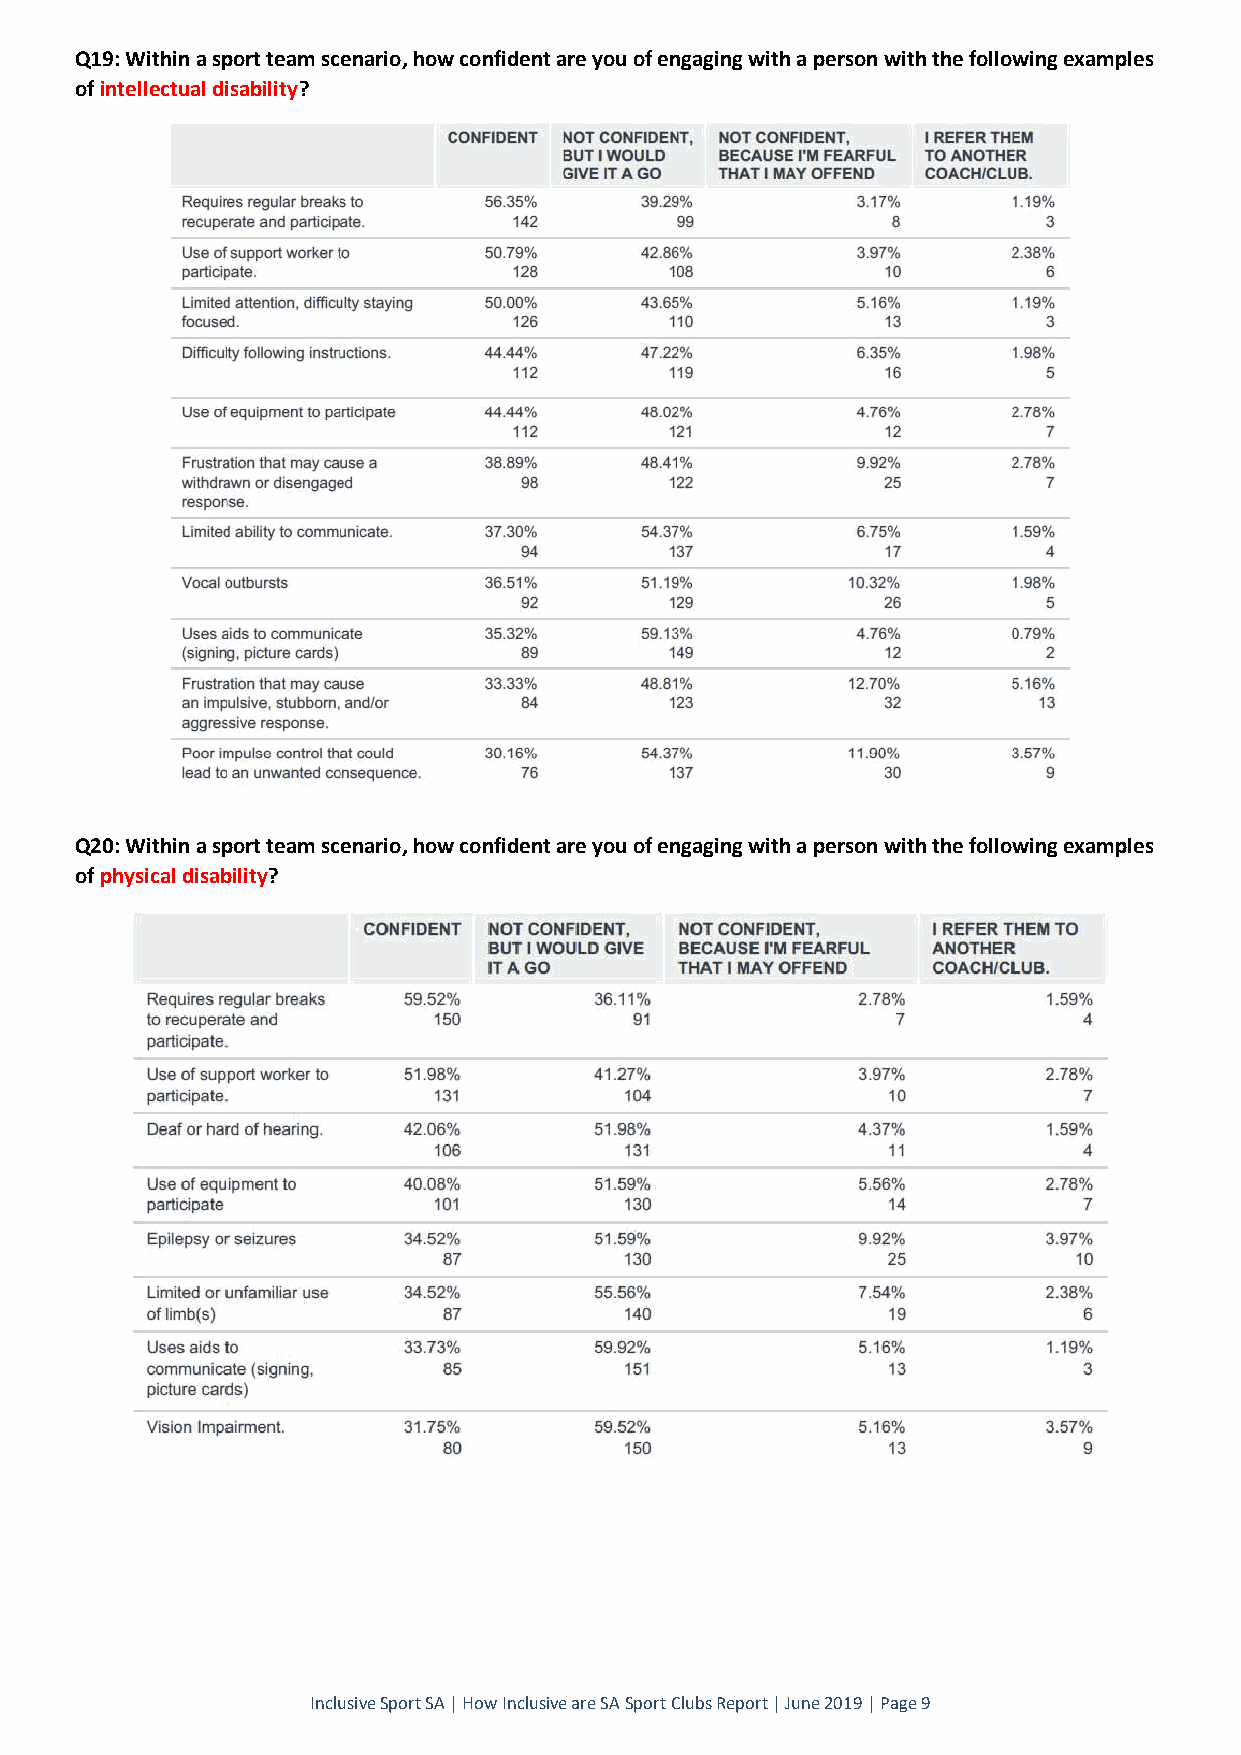
Q19: Within a sport team scenario, how confident are you of engaging with a person with the following examples
 of intellectual disability?
 Q20: Within a sport team scenario, how confident are you of engaging with a person with the following examples
 of physical disability?
 Inclusive Sport SA | How Inclusive are SA Sport Clubs Report | June 2019 | Page 9